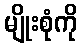
မျိုးစုံကို